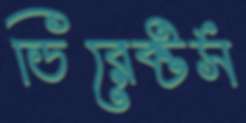
ডিরেক্টর্স